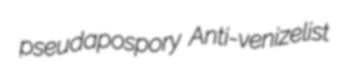
pseudapospory Anti-venizelist